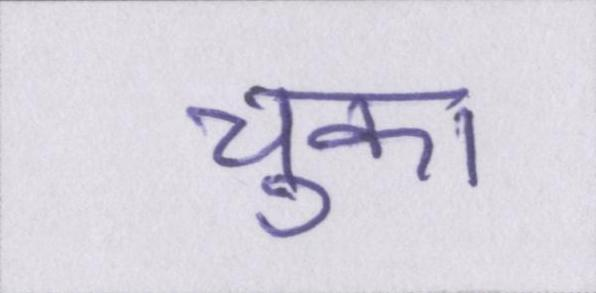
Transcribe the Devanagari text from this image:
चुका